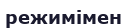
режимімен